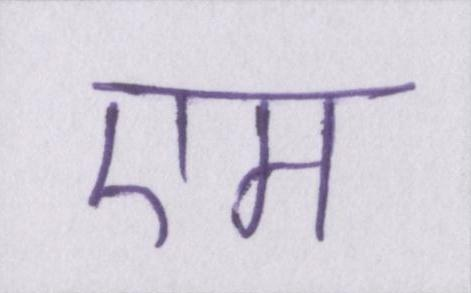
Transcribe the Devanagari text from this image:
एम